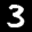
Label: 3